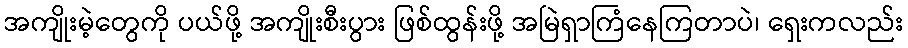
အကျိုးမဲ့တွေကို ပယ်ဖို့ အကျိုးစီးပွား ဖြစ်ထွန်းဖို့ အမြဲရှာကြံနေကြတာပဲ၊ ရှေးကလည်း